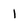
Character: 1